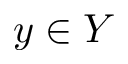
y \in Y